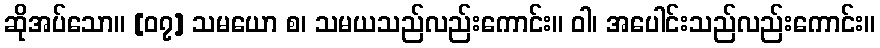
ဆိုအပ်သော။ [၀၇] သမယော စ၊ သမယသည်လည်းကောင်း။ ဝါ၊ အပေါင်းသည်လည်းကောင်း။